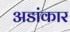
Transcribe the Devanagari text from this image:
अडांकार